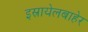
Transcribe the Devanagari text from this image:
इस्रायेलबाहेर